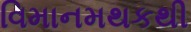
વિમાનમથકથી